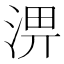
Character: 淠